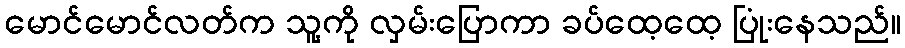
မောင်မောင်လတ်က သူ့ကို လှမ်းပြောကာ ခပ်ထေ့ထေ့ ပြုံးနေသည်။